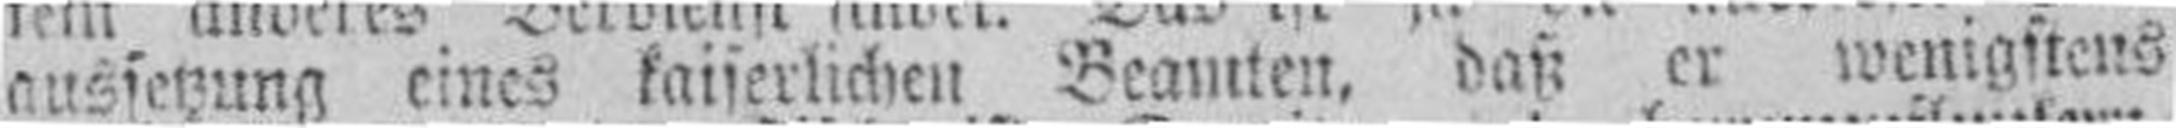
aussetzung eines kaiserlichen Beamten, daß er wenigstens